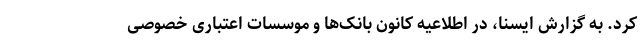
کرد. به گزارش ایسنا، در اطلاعیه کانون بانک‌ها و موسسات اعتباری خصوصی